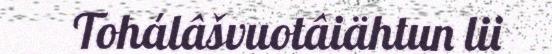
Tohálâšvuotâiähtun lii